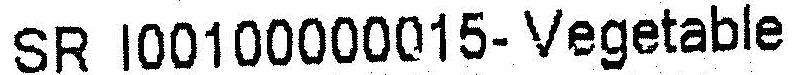
SR I00100000015- VEGETABLE